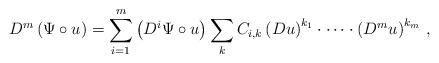
LaTeX: \begin{align*} D^m\left(\Psi \circ u \right)= \sum\limits_{i=1}^m\left(D^i\Psi\circ u\right)\sum\limits_{k} C_{i,k} \left(Du \right)^{k_1}\cdot\dots\cdot\left( D^mu \right)^{k_m}\, , \end{align*}